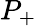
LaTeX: P_{+}